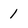
Character: 1